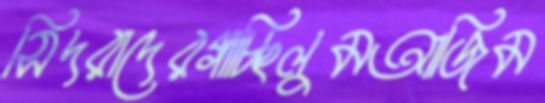
সিদরাদেরগাচ্ছিলুমআজিম